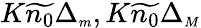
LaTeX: K\widetilde{n_{0}}\Delta_{{\scriptscriptstyle m}},K\widetilde{n_{0}}\Delta_{{\scriptscriptstyle M}}